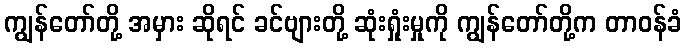
ကျွန်တော်တို့ အမှား ဆိုရင် ခင်ဗျားတို့ ဆုံးရှုံးမှုကို ကျွန်တော်တို့က တာဝန်ခံ